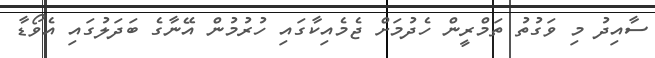
ސާއިދު މި ވަގުތު ތަމްރީން ހެދުމަށް ޖެމެއިކާގައި ހުރުމުން އޭނާގެ ބަދަލުގައި އެވޯޑާ